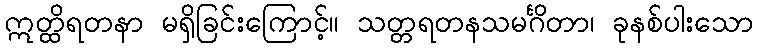
ဣတ္ထိရတနာ မရှိခြင်းကြောင့်။ သတ္တရတနသမင်္ဂိတာ၊ ခုနစ်ပါးသော